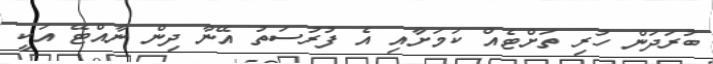
ބުރަދަން ހުރި ތަށްޓެއް ކަމަށާއި އެ ފުރުސަތު އޭނާ ދިން ނާއްޓޭ އަކީ